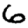
Digit: 6